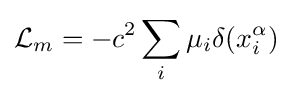
{\mathcal {L}}_{m}=-c^{2}\sum _{i}\mu _{i}\delta (x_{i}^{\alpha })